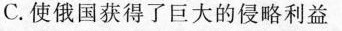
C.使俄国获得了巨大的侵略利益